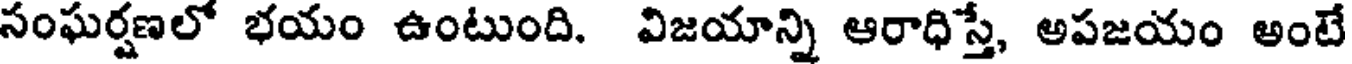
సంఘర్షణలో భయం ఉంటుంది. విజయాన్ని ఆరాధిస్తే, అపజయం అంటే